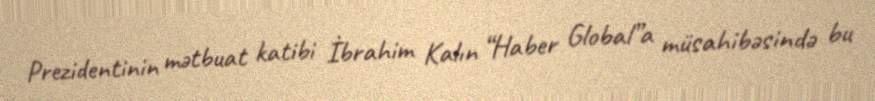
Prezidentinin mətbuat katibi İbrahim Kalın “Haber Global”a müsahibəsində bu